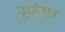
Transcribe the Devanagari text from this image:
पूर्णदत्त